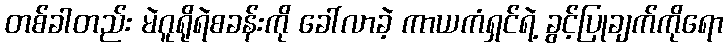
တစ်ခါတည်း မဲဂူရိုရဲစခန်းကို ခေါ်လာခဲ့ ကာယကံရှင်ရဲ့ ခွင့်ပြုချက်ကိုရော